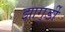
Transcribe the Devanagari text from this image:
झागुर्डी